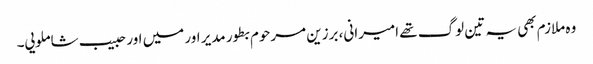
وہ ملازم بھی یہ تین لوگ تھے امیرانی، برزین مرحوم بطور مدیر اور میں اور حبیب شاملویی۔